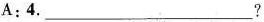
A: 4.___?